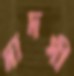
দাদসী